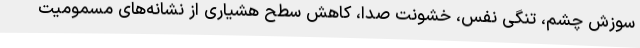
سوزش چشم، تنگی نفس، خشونت صدا، کاهش سطح هشیاری از نشانه‌های مسمومیت